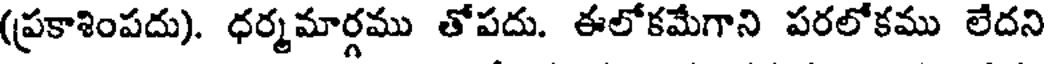
(ప్రకాశింపదు). ధర్మమార్గము తోపదు. ఈలోకమేగాని పరలోకము లేదని